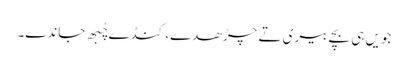
جویں ہی بچے بیری تے چڑھدے، کنڈے چُبھ جاندے۔